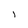
Character: I